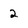
Character: 2